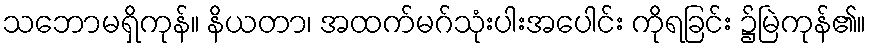
သဘောမရှိကုန်။ နိယတာ၊ အထက်မဂ်သုံးပါးအပေါင်း ကိုရခြင်း ၌မြဲကုန်၏။